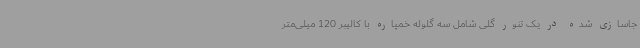
جاسازی شده در یک تنور گلی شامل سه گلوله خمپاره با کالیبر 120 میلی‌متر